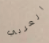
العربي